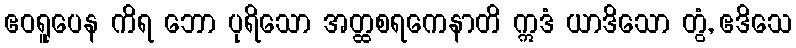
ဧဝရူပေန ကိရ ဘော ပုရိသော အတ္ထစရကေနာတိ ဣဒံ ယာဒိသော တွံ, ဧဒိသေ